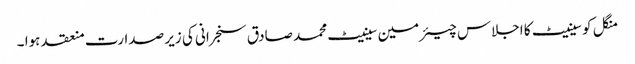
منگل کو سینیٹ کا اجلاس چیئرمین سینیٹ محمد صادق سنجرانی کی زیر صدارت منعقد ہوا ۔